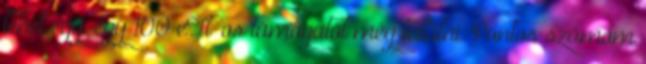
lehet egy-egy 100 eFt-os támogatót még találni. Pontos számom